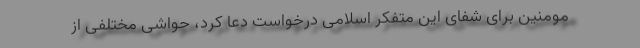
مومنین برای شفای این متفکر اسلامی درخواست دعا کرد، حواشی مختلفی از